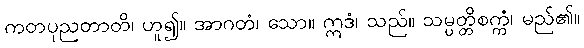
ကတပုညတာတိ၊ ဟူ၍။ အာဂတံ၊ သော။ ဣဒံ၊ သည်။ သမ္ပတ္တိစက္ကံ၊ မည်၏။